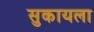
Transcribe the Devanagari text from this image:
सुकायला